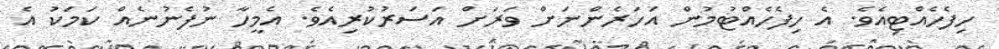
ހިފެހެއްޓިއެވެ. އެ ހިފެހެއްޓުމުން އަހަރެންނަށް ވަރަށް އަސަރުކުރިއެވެ. އެމީހާ ނުފެނުނެއް ކަމަކު އެ